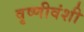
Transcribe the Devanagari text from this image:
वृष्णीवंशी